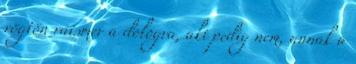
rögtön ráismer a dologra, aki pedig nem, annak a